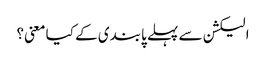
الیکشن سے پہلے پابندی کے کیا معنی؟